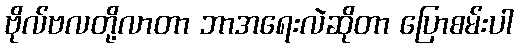
ဗိုလ်ဗလတို့လာတာ ဘာအရေးလဲဆိုတာ ပြောစမ်းပါ